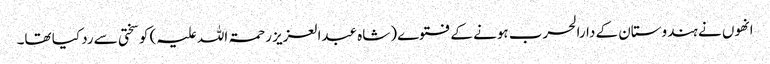
انھوں نے ہندوستان کے دارالحرب ہونے کے فتوے (شاہ عبدالعزیز رحمۃ اللہ علیہ) کو سختی سے رد کیا تھا۔